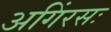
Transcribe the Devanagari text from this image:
अगिंरसः